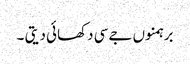
برہمنوں جےسی دکھائی دیتی ۔